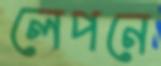
লেপনে